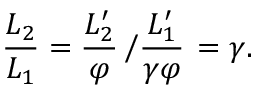
{ \frac { L _ { 2 } } { L _ { 1 } } } = { \frac { L _ { 2 } ^ { \prime } } { \varphi } } \left/ { \frac { L _ { 1 } ^ { \prime } } { \gamma \varphi } } \right. = \gamma .